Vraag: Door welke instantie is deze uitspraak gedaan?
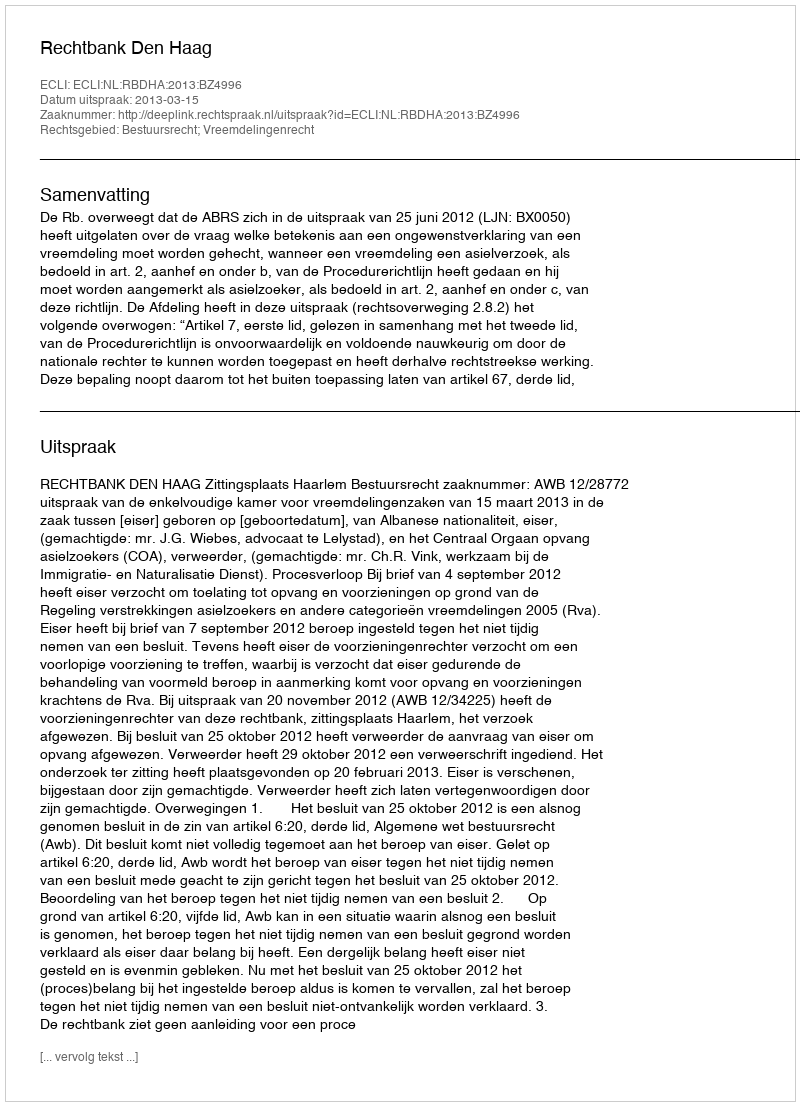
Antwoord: Rechtbank Den Haag